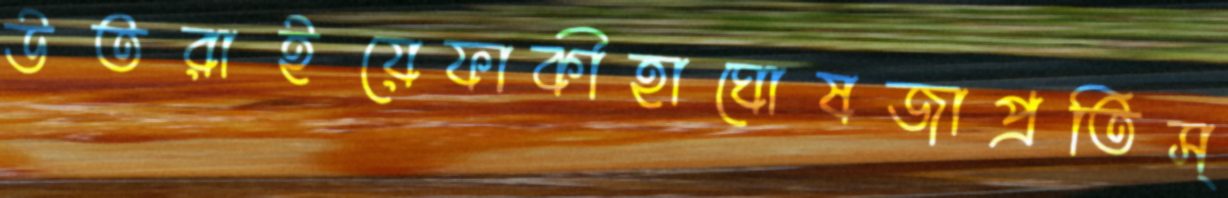
উতরাইয়েফাকীহাঘোষজাপ্রতিস্